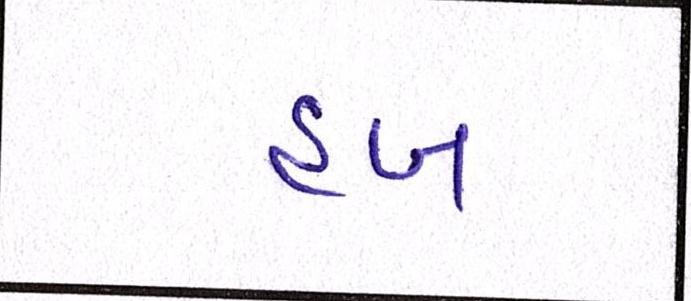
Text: હબ